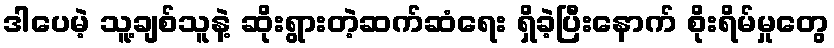
ဒါပေမဲ့ သူ့ချစ်သူနဲ့ ဆိုးရွားတဲ့ဆက်ဆံရေး ရှိခဲ့ပြီးနောက် စိုးရိမ်မှုတွေ